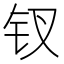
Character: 钗